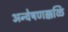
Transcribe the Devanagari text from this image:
अन्वेषणक्कळि